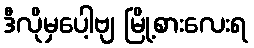
ဒီလိုမှပေါ့ဗျ မြို့စားလေးရ